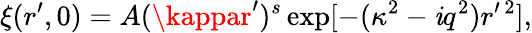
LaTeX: \xi(r^{\prime},0)=A(\kappar^{\prime})^{s}\exp[-(\kappa^{2}-\mathit{i}q^{2})r^{\prime\, 2}],